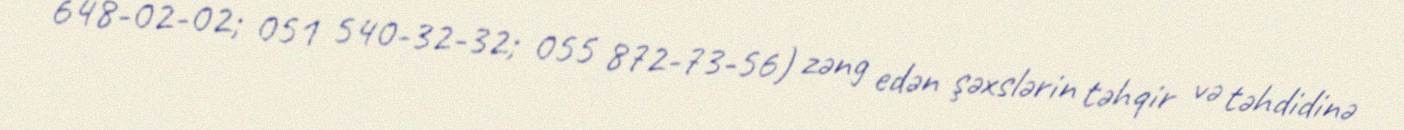
648-02-02; 051 540-32-32; 055 872-73-56) zəng edən şəxslərin təhqir və təhdidinə